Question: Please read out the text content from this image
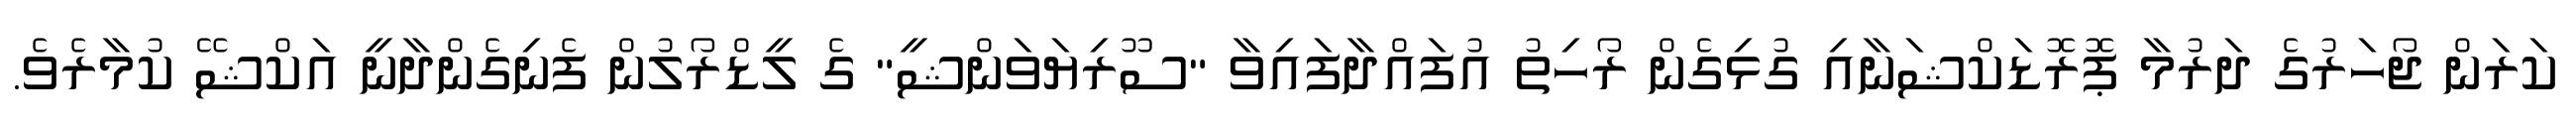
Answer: ކަރަން ޖޯހަރުގެ ދަރުމާ ޕޮރޮޑަކްޝަނާއި ގުޅިގެން ރޯހިތު އުފައްދާފައިވާ "ސޫރިޔަވަންޝީ" ގެ ލީޑްރޯލުން ފެނިގެންދާނީ އަކްޝޭ ކުމާރެވެ.